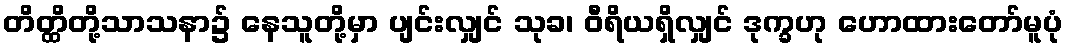
တိတ္ထိတို့သာသနာ၌ နေသူတို့မှာ ပျင်းလျှင် သုခ၊ ဝီရိယရှိလျှင် ဒုက္ခဟု ဟောထားတော်မူပုံ